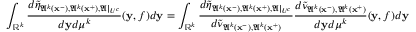
\int _ { \mathbb { R } ^ { k } } \frac { d \tilde { \eta } _ { \mathfrak { A } ^ { k } ( \mathbf { x } ^ { - } ) , \mathfrak { A } ^ { k } ( \mathbf { x } ^ { + } ) , \mathfrak { A } | _ { U ^ { c } } } } { d \mathbf { y } d \mu ^ { k } } ( \mathbf { y } , f ) d \mathbf { y } = \int _ { \mathbb { R } ^ { k } } \frac { d \tilde { \eta } _ { \mathfrak { A } ^ { k } ( \mathbf { x } ^ { - } ) , \mathfrak { A } ^ { k } ( \mathbf { x } ^ { + } ) , \mathfrak { A } | _ { U ^ { c } } } } { d \tilde { \nu } _ { \mathfrak { A } ^ { k } ( \mathbf { x } ^ { - } ) , \mathfrak { A } ^ { k } ( \mathbf { x } ^ { + } ) } } \frac { d \tilde { \nu } _ { \mathfrak { A } ^ { k } ( \mathbf { x } ^ { - } ) , \mathfrak { A } ^ { k } ( \mathbf { x } ^ { + } ) } } { d \mathbf { y } d \mu ^ { k } } ( \mathbf { y } , f ) d \mathbf { y }